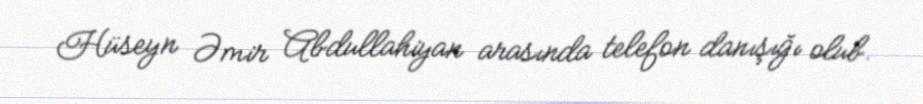
Hüseyn Əmir Abdullahiyan arasında telefon danışığı olub.